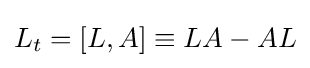
L_{t}=[L,A]\equiv LA-AL